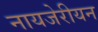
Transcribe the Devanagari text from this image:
नायजेरीयन